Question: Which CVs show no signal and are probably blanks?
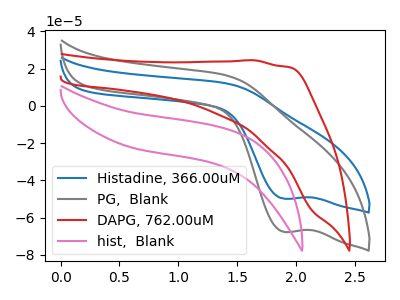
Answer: <think>The blue curve "Histadine, 366.00uM" has a cathodic peak at: (1.90V, -49.90uA). The gray curve "PG,  Blank" has a cathodic peak at: (1.90V, -67.70uA). The red curve "DAPG, 762.00uM" has no peaks. The pink curve "hist,  Blank" has no peaks.</think>
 <answer>"DAPG, 762.00uM" and "hist,  Blank" are likely to be blanks.</answer>
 <eval>"DAPG, 762.00uM", "hist,  Blank"</eval>